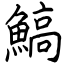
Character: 鰝